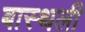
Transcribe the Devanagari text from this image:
बास्थली